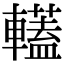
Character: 䡷